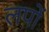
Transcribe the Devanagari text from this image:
लपों